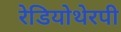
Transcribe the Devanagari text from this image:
रेडियोथेरपी